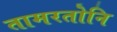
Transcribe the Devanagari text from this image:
तामरतोनि